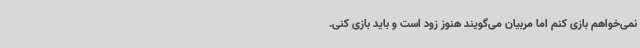
نمی‌خواهم بازی کنم اما مربیان می‌گویند هنوز زود است و باید بازی کنی.